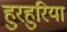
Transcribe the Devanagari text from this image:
हुरहुरिया